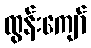
ထွန်းကျော်